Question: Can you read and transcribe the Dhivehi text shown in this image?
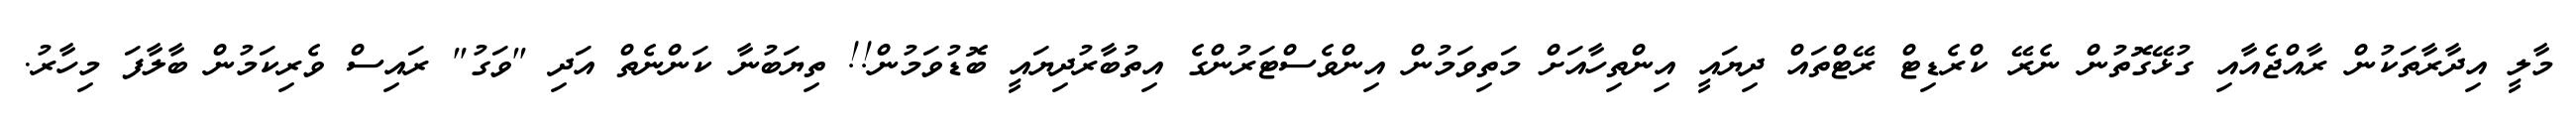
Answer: މާލީ އިދާރާތަކުން ރާއްޖެއާއި ގުޅޭގޮތުން ނެރޭ ކްރެޑިޓް ރޭޓްތައް ދިޔައީ އިންތިހާއަށް މަތިވަމުން އިންވެސްޓަރުންގެ އިތުބާރުދިޔައީ ބޮޑުވަމުން!! ތިޔަބުނާ ކަންނެތް އަދި "ވަގު" ރައިސް ވެރިކަމުން ބާލާފަ މިހާރު.